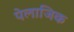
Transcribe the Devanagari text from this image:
पेलाजिक